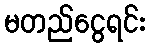
မတည်ငွေရင်း